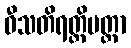
ဝီသတိရတ္တိမတ္တာ